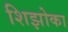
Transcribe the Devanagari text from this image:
शिझोका